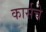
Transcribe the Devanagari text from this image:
कार्सचे